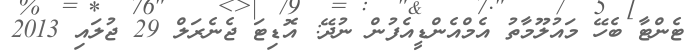
ޓެންޓާ ބެހޭ މައުލޫމާތު އެމްއެންޑީއެފުން ނުދޭ: އޮޑިޓަ ޖެނެރަލް 29 ޖުލައި 2013